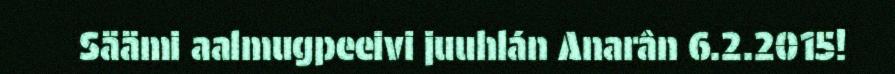
Säämi aalmugpeeivi juuhlán Anarân 6.2.2015!